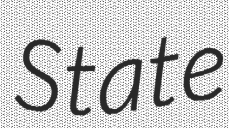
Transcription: State